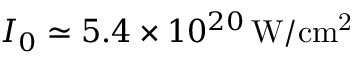
I _ { 0 } \simeq 5 . 4 \times 1 0 ^ { 2 0 } \, \mathrm { W / c m ^ { 2 } }